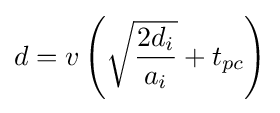
d=v\left({\sqrt {\frac {2d_{i}}{a_{i}}}}+t_{pc}\right)